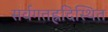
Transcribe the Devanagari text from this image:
सर्वगतह्रदिस्थित